Indian journal of veterinary science and animal husbandry - Volume 8,
Year: 1938
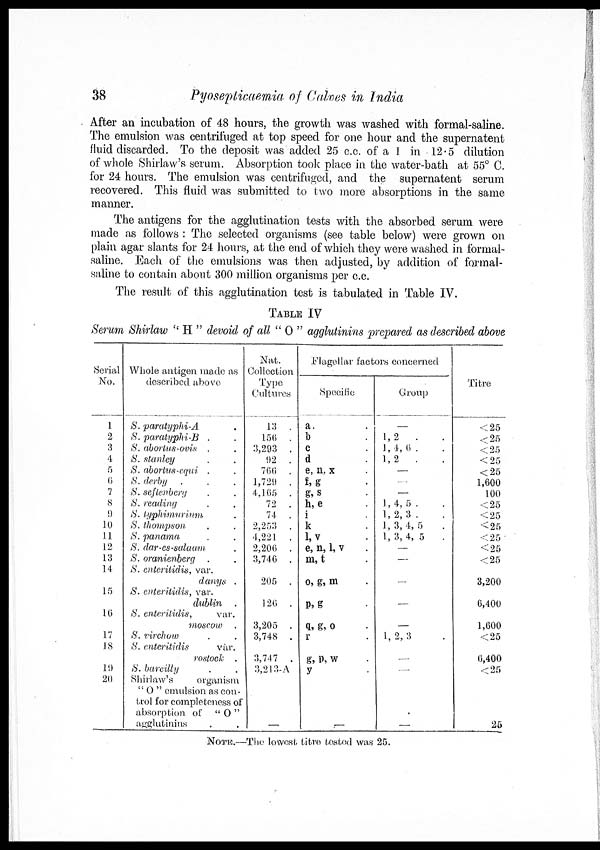
38
Pyosepticaemia of Calves in India
After an incubation of 48 hours, the growth was washed with formal-saline.
The emulsion was centrifuged at top speed for one hour and the supernatent
fluid discarded. To the deposit was added 25 c.c. of a 1 in 12.5 dilution
of whole Shirlaw's serum. Absorption took place in the water-bath at 55° C.
for 24 hours. The emulsion was centrifuged, and the supernatent serum
recovered. This fluid was submitted to two more absorptions in the same
manner.
The antigens for the agglutination tests with the absorbed serum were
made as follows : The selected organisms (see table below) were grown on
plain agar slants for 24 hours, at the end of which they were washed in formal-
saline. Each of the emulsions was then adjusted, by addition of formal-
saline to contain about 300 million organisms per c.c.
The result of this agglutination test is tabulated in Table IV.
TABLE IV
Serum Shirlaw " H " devoid of all " O " agglutinins prepared as described above
Serial
No.
1
2
3
4
5
6
7
8 9
10
11
12
13
14
15
16
17
18
19
20
Whole antigen made as
described above
S. paratyphi-A .
S. paratyphi-B . .
S.
abortus-ovis,
S. Stanley
S. abortus-equi
S. derby
S. seftenberg
S. reading,
S. typhi-murium
S. thompson,
S. panama . .
S. dar-es-salaam
.
S. oranienberg
.
.
S. enteritidis, var.
danys .
S. enteritidis, var.
dubline .
S. enteritidis,
var.
moscow .
S. virchow . .
S. enteritidis
var .
rostock .
S. bareilly . .
Shirlaw's
ornanism
" O " emulsion as con-
trol for completeness of
absorption of
"O"
agglutinins .
Nat.
Collection
Type
Cultures
13 .
156 .
3,293 .
92 .
766 .
1,729 .
4,165 .
72 .
74 .
2,253 .
4,221 .
2,206 .
3,746 .
205 .
126 .
3,205 .
3,748 .
3,747 .
3,213-A
—
Flagellar factors concerned
Specific
a. .
b .
c .
d .
e, n, x .
f, g .
g, s .
h, e .
i .
k .
l,v .
e, n, l, v .
m, t .
o, g, m .
P, g .
q, g, o .
r .
g, p, w .
y .
—
Group
—
1, 2 . .
1, 4, 6 .
1, 2 . .
—
—
—
1, 4, 5 .
1, 2, 3 .
1, 3, 4, 5
.
1, 3, 4, 5 .
—
—
—
—
—
1, 2, 3 .
—
—
—
Titre
< 25
< 26
< 25
< 25
< 25
1,600
100
<25
<25
<25
< 25
< 25
< 25
3,200
6,400
1,600
< 25
6,400
< 25
25
NOTE.—The lowest titre tested was 25.